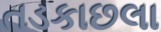
તડકાછલા